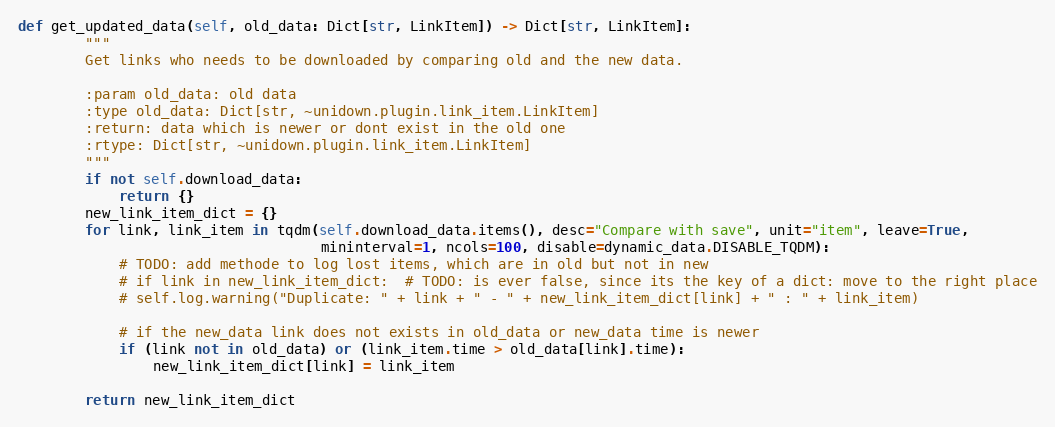
Language: Python
def get_updated_data(self, old_data: Dict[str, LinkItem]) -> Dict[str, LinkItem]:
        """
        Get links who needs to be downloaded by comparing old and the new data.

        :param old_data: old data
        :type old_data: Dict[str, ~unidown.plugin.link_item.LinkItem]
        :return: data which is newer or dont exist in the old one
        :rtype: Dict[str, ~unidown.plugin.link_item.LinkItem]
        """
        if not self.download_data:
            return {}
        new_link_item_dict = {}
        for link, link_item in tqdm(self.download_data.items(), desc="Compare with save", unit="item", leave=True,
                                    mininterval=1, ncols=100, disable=dynamic_data.DISABLE_TQDM):
            # TODO: add methode to log lost items, which are in old but not in new
            # if link in new_link_item_dict:  # TODO: is ever false, since its the key of a dict: move to the right place
            # self.log.warning("Duplicate: " + link + " - " + new_link_item_dict[link] + " : " + link_item)

            # if the new_data link does not exists in old_data or new_data time is newer
            if (link not in old_data) or (link_item.time > old_data[link].time):
                new_link_item_dict[link] = link_item

        return new_link_item_dict